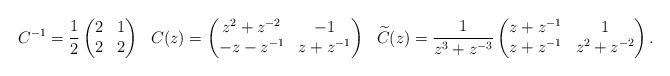
LaTeX: \begin{align*}C^{-1}&=\frac{1}{2}\begin{pmatrix}2&1\\ 2&2\end{pmatrix}& C(z)&=\begin{pmatrix}z^2+z^{-2}&-1\\ -z-z^{-1}&z+z^{-1}\end{pmatrix}& \widetilde{C}(z)&=\frac{1}{z^{3}+z^{-3}}\begin{pmatrix}z+z^{-1}&1\\ z+z^{-1}&z^{2}+z^{-2}\end{pmatrix}.\end{align*}